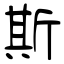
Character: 斯